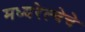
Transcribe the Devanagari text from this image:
मध्यरेल्वेचे